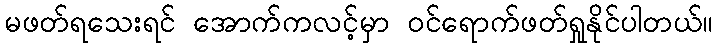
မဖတ်ရသေးရင် အောက်ကလင့်မှာ ဝင်ရောက်ဖတ်ရှုနိုင်ပါတယ်။